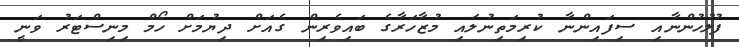
ފުލުހުންނާއި ސިފައިންނާ ކުރިމަތިނުލައި މުޒާހަރާގެ ބައިވެރިން ގެއަށް ދިޔުމަށް ހޯމް މިނިސްޓަރު ވަނީ